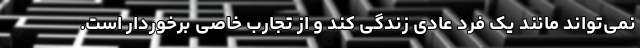
نمی‌تواند مانند یک فرد عادی زندگی کند و از تجارب خاصی برخوردار است.